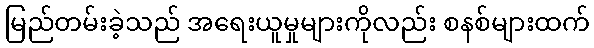
မြည်တမ်းခဲ့သည် အရေးယူမှုများကိုလည်း စနစ်များထက်